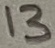
Text: 13